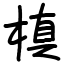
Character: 槙